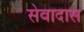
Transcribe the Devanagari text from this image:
सेवादास